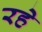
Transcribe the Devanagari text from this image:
रहेे